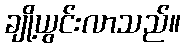
ချို့ယွင်းလာသည်။